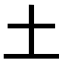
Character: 土